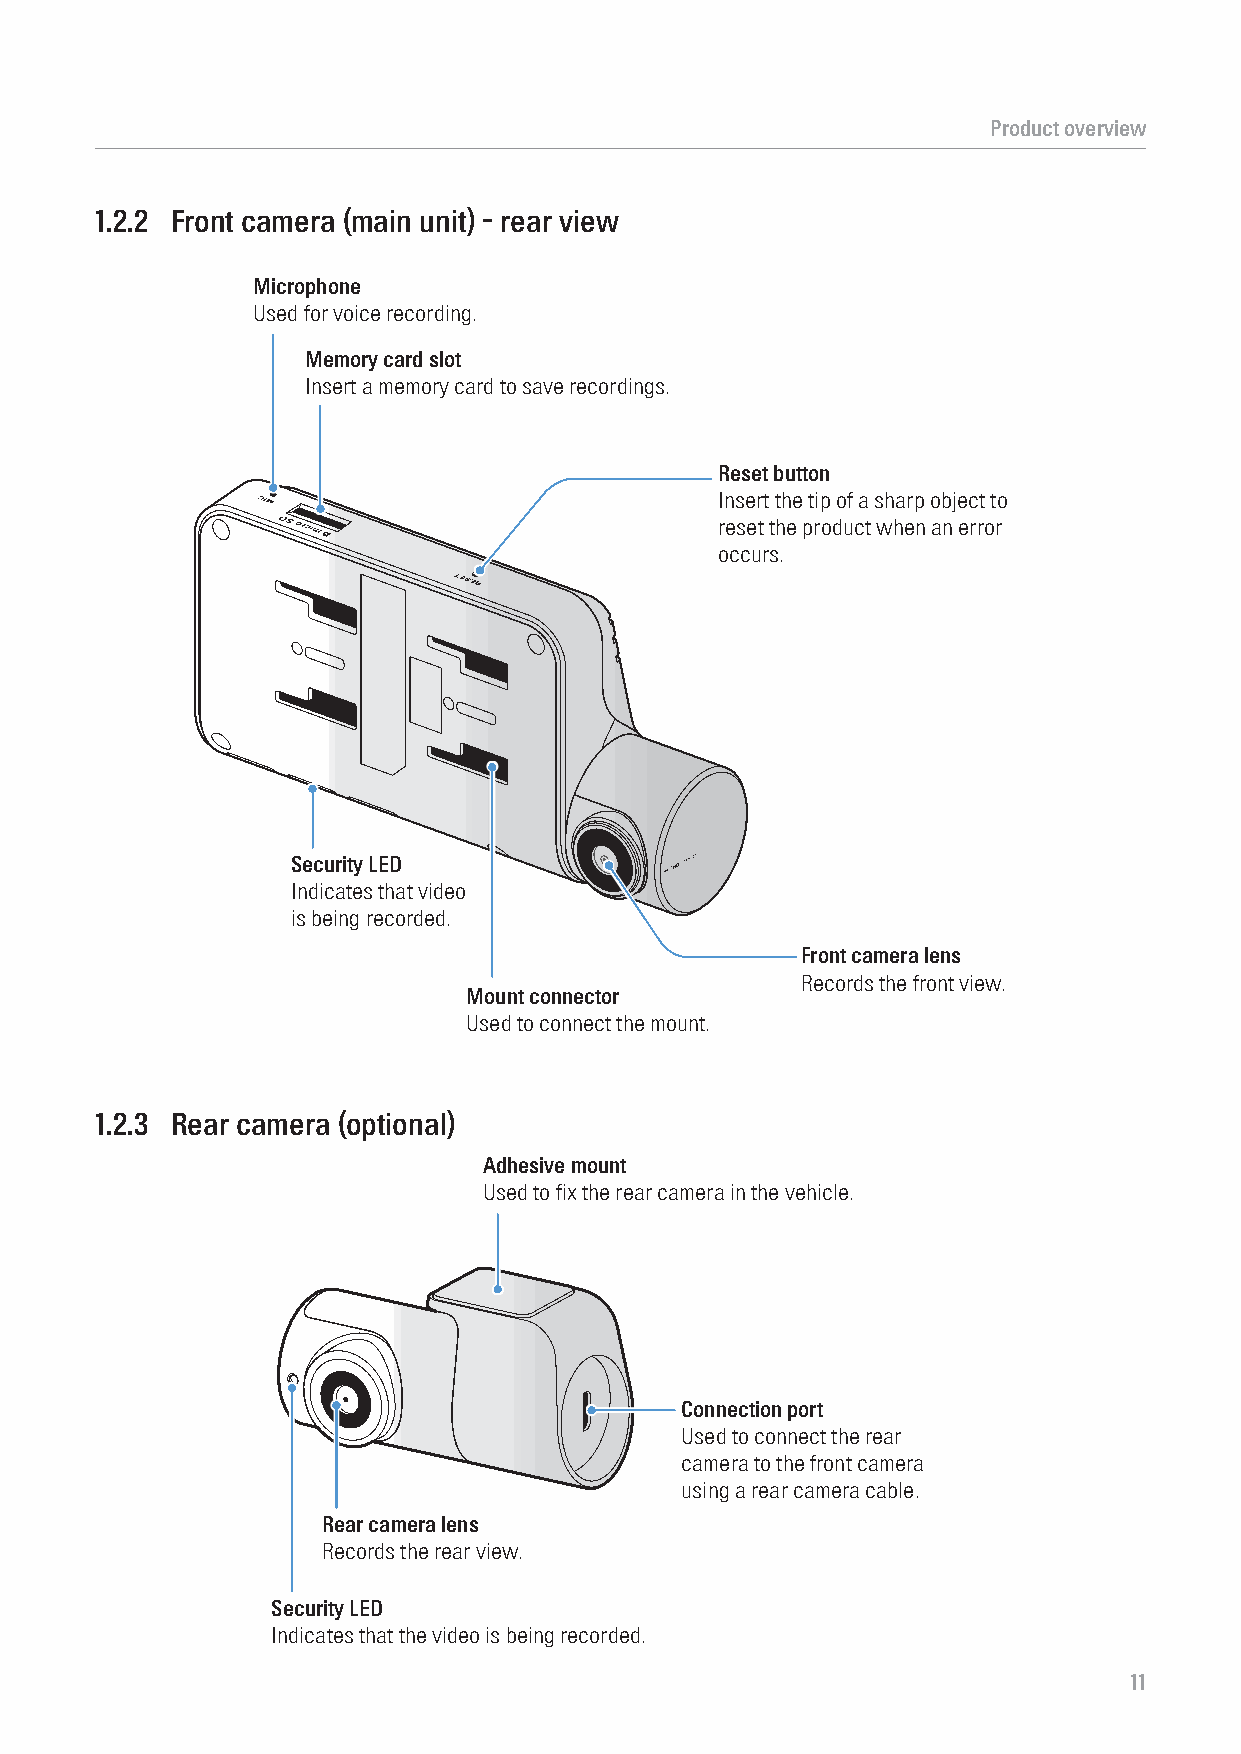
Product overview
 1.2.2 Front camera (main unit) - rear view
 Microphone
 Used for voice recording.
 Memory card slot
 Insert a memory card to save recordings.
 Reset button
 Insert the tip of a sharp object to
 reset the product when an error
 occurs.
 Security LED
 Indicates that video
 is being recorded.
 Front camera lens
 Records the front view.
 Mount connector
 Used to connect the mount.
 1.2.3 Rear camera (optional)
 Adhesive mount
 Used to fix the rear camera in the vehicle.
 Connection port
 Used to connect the rear
 camera to the front camera
 using a rear camera cable.
 Rear camera lens
 Records the rear view.
 Security LED
 Indicates that the video is being recorded.
 11